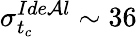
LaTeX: \sigma_{t_{c}}^{Ide\mathcal{A}l}\sim36